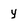
Character: y